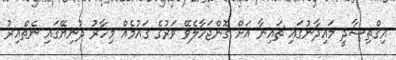
އިގްތިސާދީ މައިދާނުގައި ޗައިނާ އަށް ގޮންޖަހާލެވޭ ވަރުގެ ގައުމެއް މިހާރު ދުނިޔޭގައި ނެތްއިރު